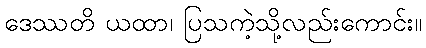
ဒေဿတိ ယထာ၊ ပြသကဲ့သို့လည်းကောင်း။